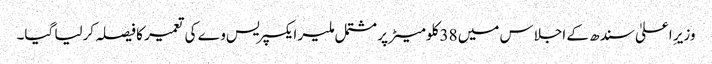
وزیرِ اعلیٰ سندھ کے اجلاس میں 38 کلومیٹر پر مشتمل ملیر ایکسپریس وے کی تعمیر کا فیصلہ کرلیا گیا۔